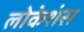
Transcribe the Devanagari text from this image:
लोकेशंस